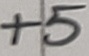
Text: +5